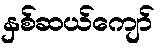
နှစ်ဆယ်ကျော်